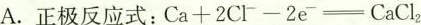
A.正极反应式：Ca+2Cl-2e=CaCl_2